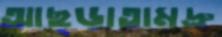
আছ্‌ড়াতামদ্রু